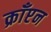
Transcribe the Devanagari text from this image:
क्राँप्टन